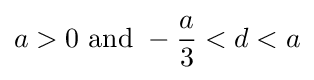
a>0{\text{ and }}-{\frac {a}{3}}<d<a